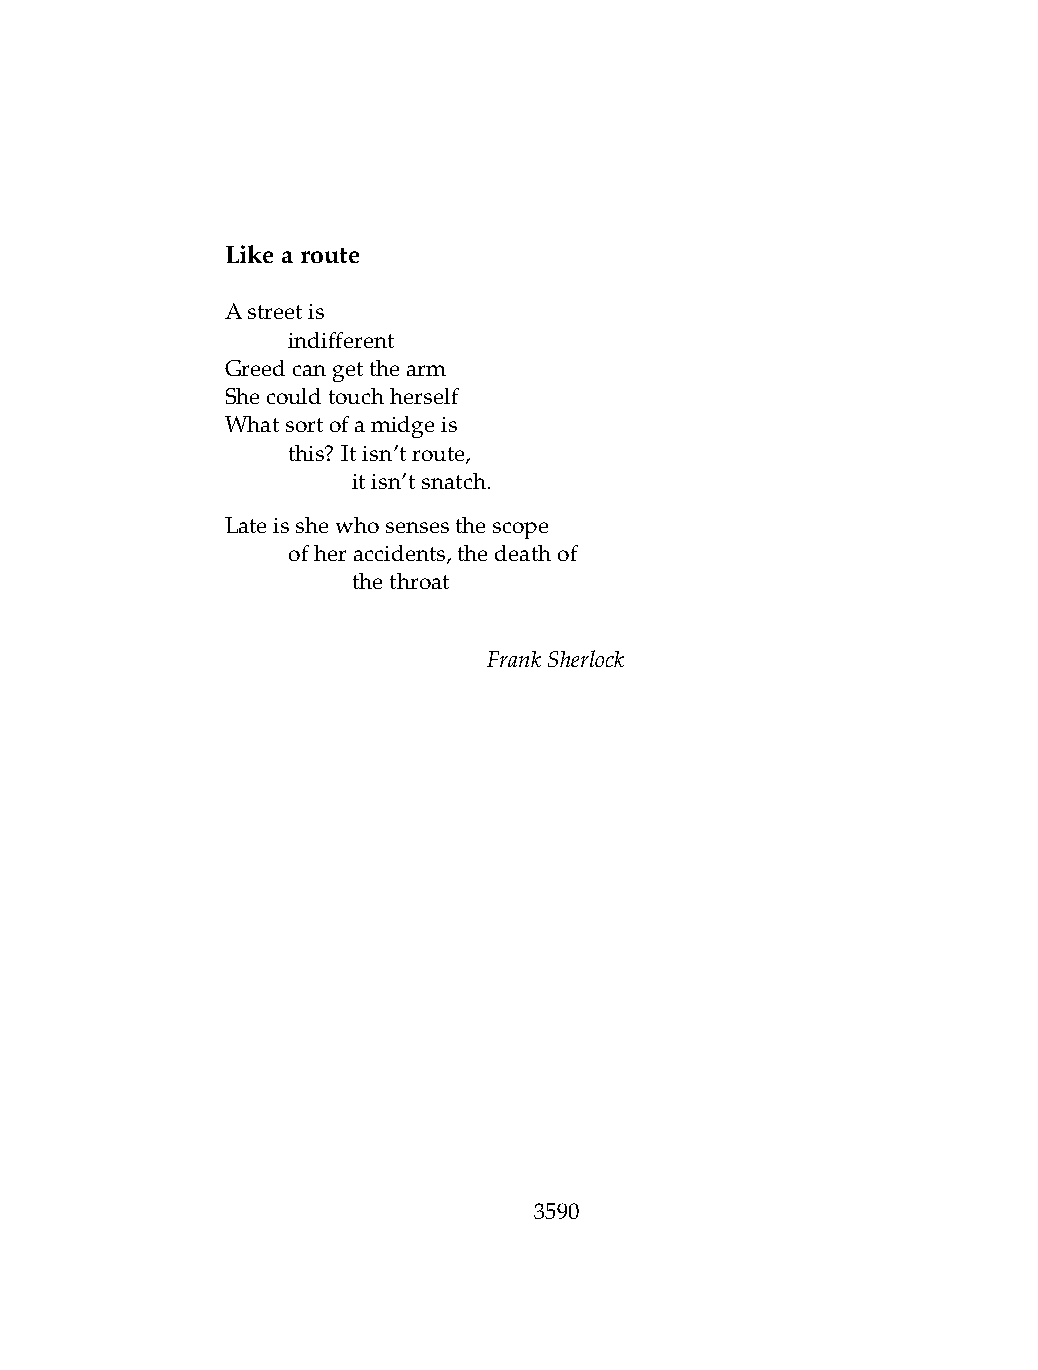
Likearoute
 Astreetis
 .   indifferent
 Greedcangetthearm
 Shecouldtouchherself
 Whatsortofamidgeis
 .   this? Itisn’troute,
 .   .   itisn’tsnatch.
 Lateisshewhosensesthescope
 .   ofheraccidents,thedeathof
 .   .   thethroat
 FrankSherlock
 3590